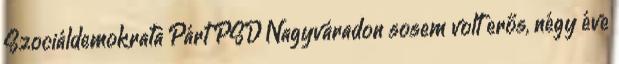
Szociáldemokrata Párt PSD Nagyváradon sosem volt erős, négy éve